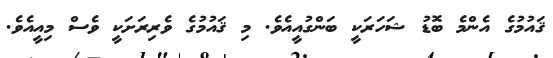
ޤައުމުގެ އެންމެ ބޮޑު ޝަހަރަކީ ބަންގުއީއެވެ. މި ޤައުމުގެ ވެރިރަށަކީ ވެސް މިއީއެވެ.